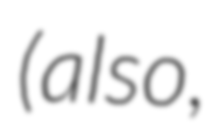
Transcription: (also,